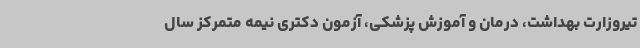
تیروزارت بهداشت، درمان و آموزش پزشکی، آزمون دکتری نیمه متمرکز سال